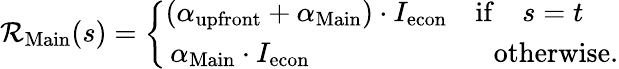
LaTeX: \mathcal{R}_{\mathrm{{Main}}}(s)=\left\{ \begin{array}{ll}{(\alpha_{\mathrm{upfront}}+\alpha_{\mathrm{Main}})\cdot I_{\mathrm{econ}}\quad\mathrm{if}\quad s=t}\\ {\, \alpha_{\mathrm{Main}}\cdot I_{\mathrm{econ}}\quad\quad\quad\quad\quad\quad\, \, \, \mathrm{otherwise}.}\end{array}\right.